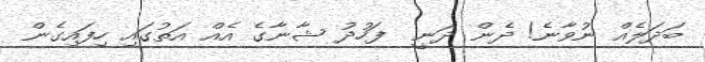
ބަދަލެއް ނުވާނެ! ދެން ދަނީ  ފަހުދު ޝާނާގެ އެއް އަތުގައި ހިފައިގެން